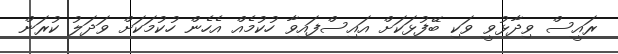
ރައީސް ވިދާޅުވީ ވަކި ބޭފުޅަކަށް އައިސްފައިވާ ހުކުމެއް އެހެން ހުކުމަކަށް ވަދަލު ކުރަން